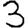
Digit: 3